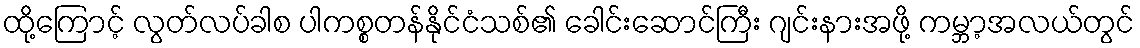
ထို့ကြောင့် လွတ်လပ်ခါစ ပါကစ္စတန်နိုင်ငံသစ်၏ ခေါင်းဆောင်ကြီး ဂျင်းနားအဖို့ ကမ္ဘာ့အလယ်တွင်